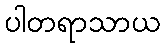
ပါတရာသာယ